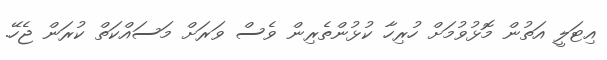
އިޓަލީ އަތުން މޮޅުވުމަށް ހުރިހާ ކުޅުންތެރިން ވެސް ވަރަށް މަސައްކަތް ކުރަން ޖެހޭ.